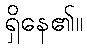
ရှိနေ၏။